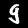
Digit: 9